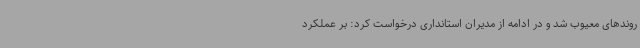
روندهای معیوب شد و در ادامه از مدیران استانداری درخواست کرد: بر عملکرد